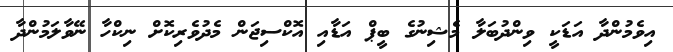
އިވެމުންދާ އަޑަކީ ވިންދުބަލާ މެޝިނުގެ ބީޕް އަޑާއި އޮކްސިޖަން މެދުވެރިކޮށް ނިކްހާ ނޭވާލަމުންދާ